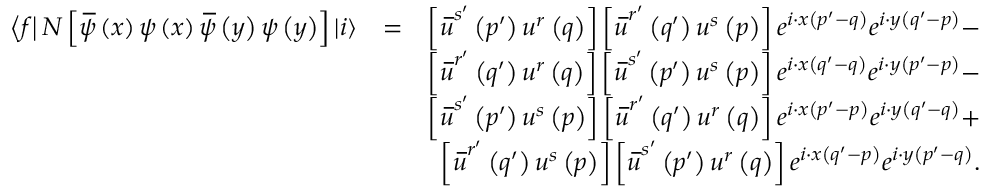
\begin{array} { r l r } { \left\langle f \right\vert N \left[ \, \overline { { \! { \psi } } } \left( x \right) \psi \left( x \right) \, \overline { { \! { \psi } } } \left( y \right) \psi \left( y \right) \right] \left\vert i \right\rangle } & { = } & { \left[ \, \overline { { \! { u } } } ^ { s ^ { \prime } } \left( p ^ { \prime } \right) u ^ { r } \left( q \right) \right] \left[ \, \overline { { \! { u } } } ^ { r ^ { \prime } } \left( q ^ { \prime } \right) u ^ { s } \left( p \right) \right] e ^ { i \cdot x \left( p ^ { \prime } - q \right) } e ^ { i \cdot y \left( q ^ { \prime } - p \right) } - } \\ & { } & { \left[ \, \overline { { \! { u } } } ^ { r ^ { \prime } } \left( q ^ { \prime } \right) u ^ { r } \left( q \right) \right] \left[ \, \overline { { \! { u } } } ^ { s ^ { \prime } } \left( p ^ { \prime } \right) u ^ { s } \left( p \right) \right] e ^ { i \cdot x \left( q ^ { \prime } - q \right) } e ^ { i \cdot y \left( p ^ { \prime } - p \right) } - } \\ & { } & { \left[ \, \overline { { \! { u } } } ^ { s ^ { \prime } } \left( p ^ { \prime } \right) u ^ { s } \left( p \right) \right] \left[ \, \overline { { \! { u } } } ^ { r ^ { \prime } } \left( q ^ { \prime } \right) u ^ { r } \left( q \right) \right] e ^ { i \cdot x \left( p ^ { \prime } - p \right) } e ^ { i \cdot y \left( q ^ { \prime } - q \right) } + } \\ & { } & { \left[ \, \overline { { \! { u } } } ^ { r ^ { \prime } } \left( q ^ { \prime } \right) u ^ { s } \left( p \right) \right] \left[ \, \overline { { \! { u } } } ^ { s ^ { \prime } } \left( p ^ { \prime } \right) u ^ { r } \left( q \right) \right] e ^ { i \cdot x \left( q ^ { \prime } - p \right) } e ^ { i \cdot y \left( p ^ { \prime } - q \right) } . } \end{array}